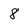
Character: 8